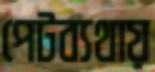
পেটব্যথায়